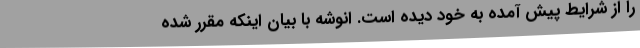
را از شرایط پیش آمده به خود دیده است. انوشه با بیان اینکه مقرر شده